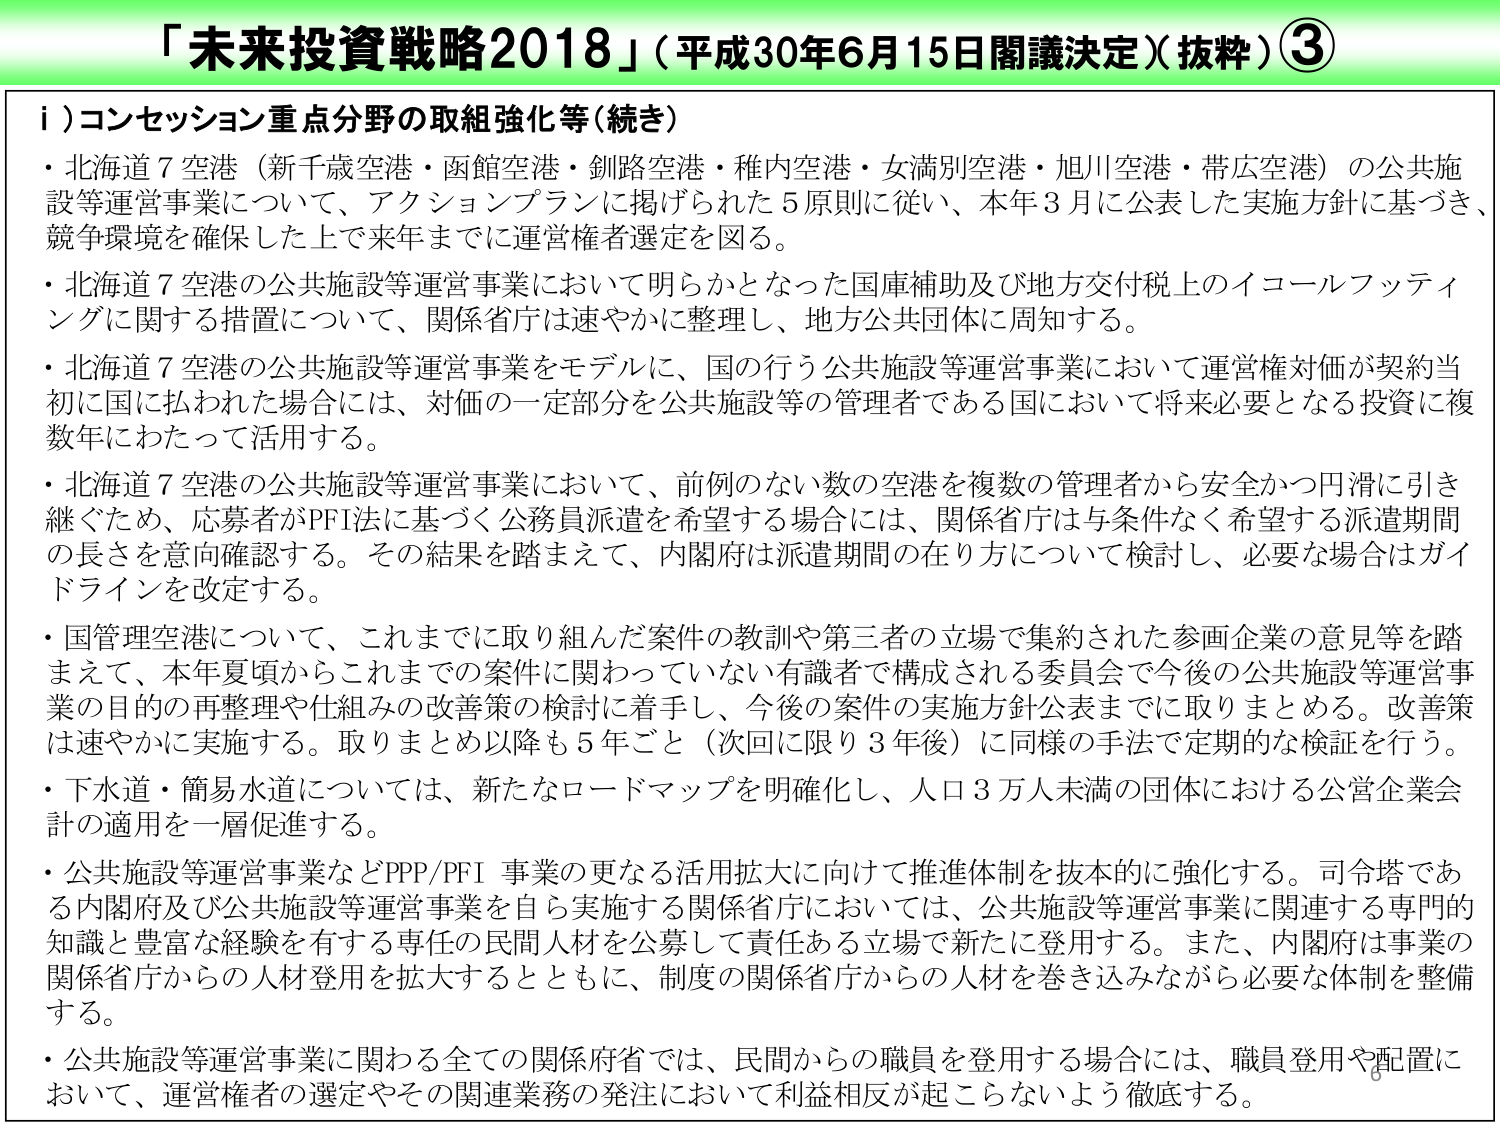
「未来投資戦略2018」（平成30年6月15日閣議決定）（抜粋）③

i）コンセッション重点分野の取組強化等（続き）

・北海道7空港（新千歳空港・函館空港・釧路空港・稚内空港・女満別空港・旭川空港・帯広空港）の公共施設等運営事業について、アクションプランに掲げられた5原則に従い、本年3月に公表した実施方針に基づき、競争環境を確保した上で来年までに運営権者選定を図る。

・北海道7空港の公共施設等運営事業において明らかとなった国庫補助及び地方交付税上のイコールフッティングに関する措置について、関係省庁は速やかに整理し、地方公共団体に周知する。

・北海道7空港の公共施設等運営事業をモデルに、国の行う公共施設等運営事業において運営権対価が契約当初に国に払われた場合には、対価の一定部分を公共施設等の管理者である国において将来必要となる投資に複数年にわたって活用する。

・北海道7空港の公共施設等運営事業において、前例のない数の空港を複数の管理者から安全かつ円滑に引き継ぐため、応募者がPFI法に基づく公務員派遣を希望する場合には、関係省庁は与条件なく希望する派遣期間の長さを意向確認する。その結果を踏まえて、内閣府は派遣期間の在り方について検討し、必要な場合はガイドラインを改定する。

・国管理空港について、これまでに取り組んだ案件の教訓や第三者の立場で集約された参画企業の意見等を踏まえて、本年夏頃からこれまでの案件に関わっていない有識者で構成される委員会で今後の公共施設等運営事業の目的の再整理や仕組みの改善策の検討に着手し、今後の案件の実施方針公表までに取りまとめる。改善策は速やかに実施する。取りまとめ以降も5年ごと（次回に限り3年後）に同様の手法で定期的な検証を行う。

・下水道・簡易水道については、新たなロードマップを明確化し、人口3万人未満の団体における公営企業会計の適用を一層促進する。

・公共施設等運営事業などPPP/PFI事業の更なる活用拡大に向けて推進体制を抜本的に強化する。司令塔である内閣府及び公共施設等運営事業を自ら実施する関係省庁においては、公共施設等運営事業に関連する専門的知識と豊富な経験を有する専任の民間人材を公募して責任ある立場で新たに登用する。また、内閣府は事業の関係省庁からの人材登用を拡大するとともに、制度の関係省庁からの人材を巻き込みながら必要な体制を整備する。

・公共施設等運営事業に関わる全ての関係府省では、民間からの職員を登用する場合には、職員登用や配置において、運営権者の選定やその関連業務の発注において利益相反が起こらないよう徹底する。